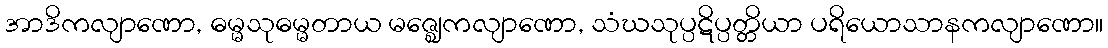
အာဒိကလျာဏော, ဓမ္မသုဓမ္မတာယ မဇ္ဈေကလျာဏော, သံဃသုပ္ပဋိပ္ပတ္တိယာ ပရိယောသာနကလျာဏော။